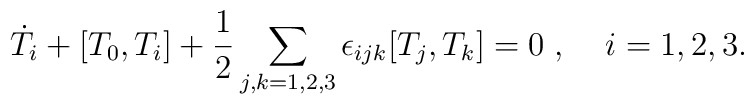
\dot{T}_i+[T_0,T_i]+\frac{1}{2}\sum_{j,k=1,2,3}\epsilon_{ijk}[T_j,T_k]=0\;,\;\;\;\;i=1,2,3.